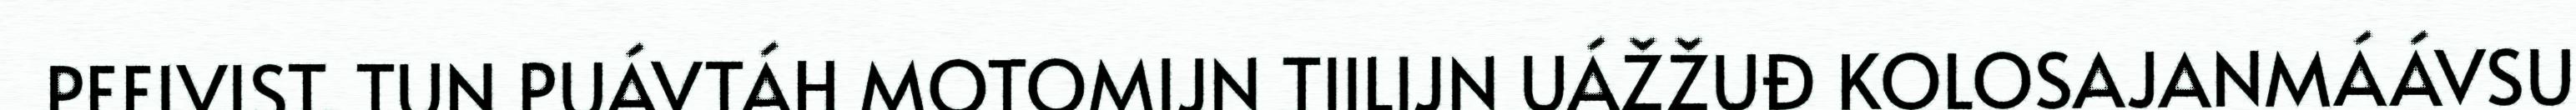
PEEIVIST. TUN PUÁVTÁH MOTOMIJN TIILIJN UÁŽŽUĐ KOLOSAJANMÁÁVSU